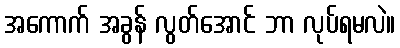
အကောက် အခွန် လွတ်အောင် ဘာ လုပ်ရမလဲ။